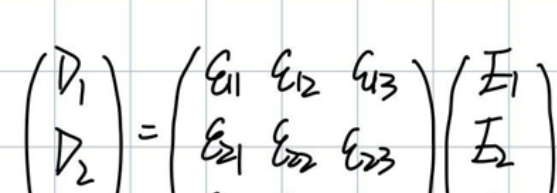
$\begin{pmatrix} D_1 \\ D_2 \end{pmatrix} = \begin{pmatrix} a_{11} & a_{12} & a_{13} \\ a_{21} & a_{22} & a_{23} \end{pmatrix} \begin{pmatrix} F_1 \\ F_2 \end{pmatrix}$